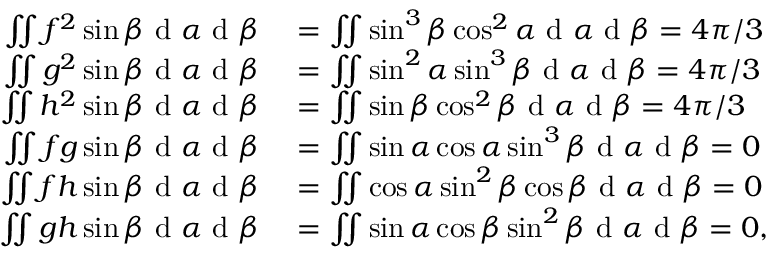
\begin{array} { r l } { \iint f ^ { 2 } \sin \beta \textrm { d } \alpha \textrm { d } \beta } & { { } = \iint \sin ^ { 3 } \beta \cos ^ { 2 } \alpha \textrm { d } \alpha \textrm { d } \beta = 4 \pi / 3 } \\ { \iint g ^ { 2 } \sin \beta \textrm { d } \alpha \textrm { d } \beta } & { { } = \iint \sin ^ { 2 } \alpha \sin ^ { 3 } \beta \textrm { d } \alpha \textrm { d } \beta = 4 \pi / 3 } \\ { \iint h ^ { 2 } \sin \beta \textrm { d } \alpha \textrm { d } \beta } & { { } = \iint \sin \beta \cos ^ { 2 } \beta \textrm { d } \alpha \textrm { d } \beta = 4 \pi / 3 } \\ { \iint f g \sin \beta \textrm { d } \alpha \textrm { d } \beta } & { { } = \iint \sin \alpha \cos \alpha \sin ^ { 3 } \beta \textrm { d } \alpha \textrm { d } \beta = 0 } \\ { \iint f h \sin \beta \textrm { d } \alpha \textrm { d } \beta } & { { } = \iint \cos \alpha \sin ^ { 2 } \beta \cos \beta \textrm { d } \alpha \textrm { d } \beta = 0 } \\ { \iint g h \sin \beta \textrm { d } \alpha \textrm { d } \beta } & { { } = \iint \sin \alpha \cos \beta \sin ^ { 2 } \beta \textrm { d } \alpha \textrm { d } \beta = 0 , } \end{array}